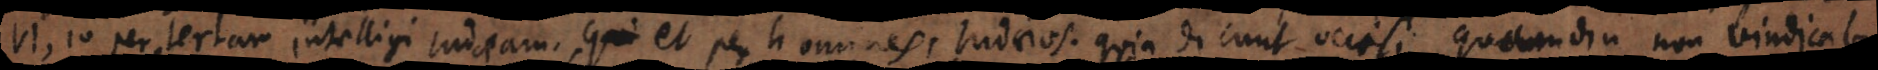
VI, 10 per terram intelligi Judaeam, et per homines, Judaeos. Quia dicunt occisi, quamdiu non vindica